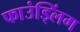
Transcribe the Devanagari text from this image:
फाउंड्लिंग